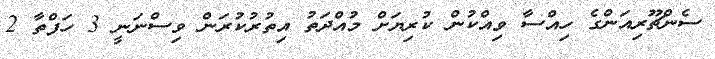
ސެންޗޫރިއަންގެ ހިއްސާ ވިއްކުން ކުރިޔަށް މުއްދަތު އިތުރުކުރަން ވިސްނަނީ 3 ހަފްތާ 2